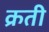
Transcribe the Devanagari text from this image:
क्रती